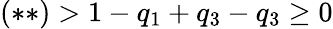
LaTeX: (\ast\ast)>1-q_{1}+q_{3}-q_{3}\geq 0